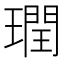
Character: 𪼙